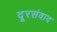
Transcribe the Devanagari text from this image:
दूरसंवाद